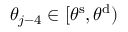
\theta _ { j - 4 } \in [ \theta ^ { \mathrm { s } } , \theta ^ { \mathrm { d } } )